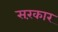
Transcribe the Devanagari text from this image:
सरंकार